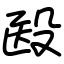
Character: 殹